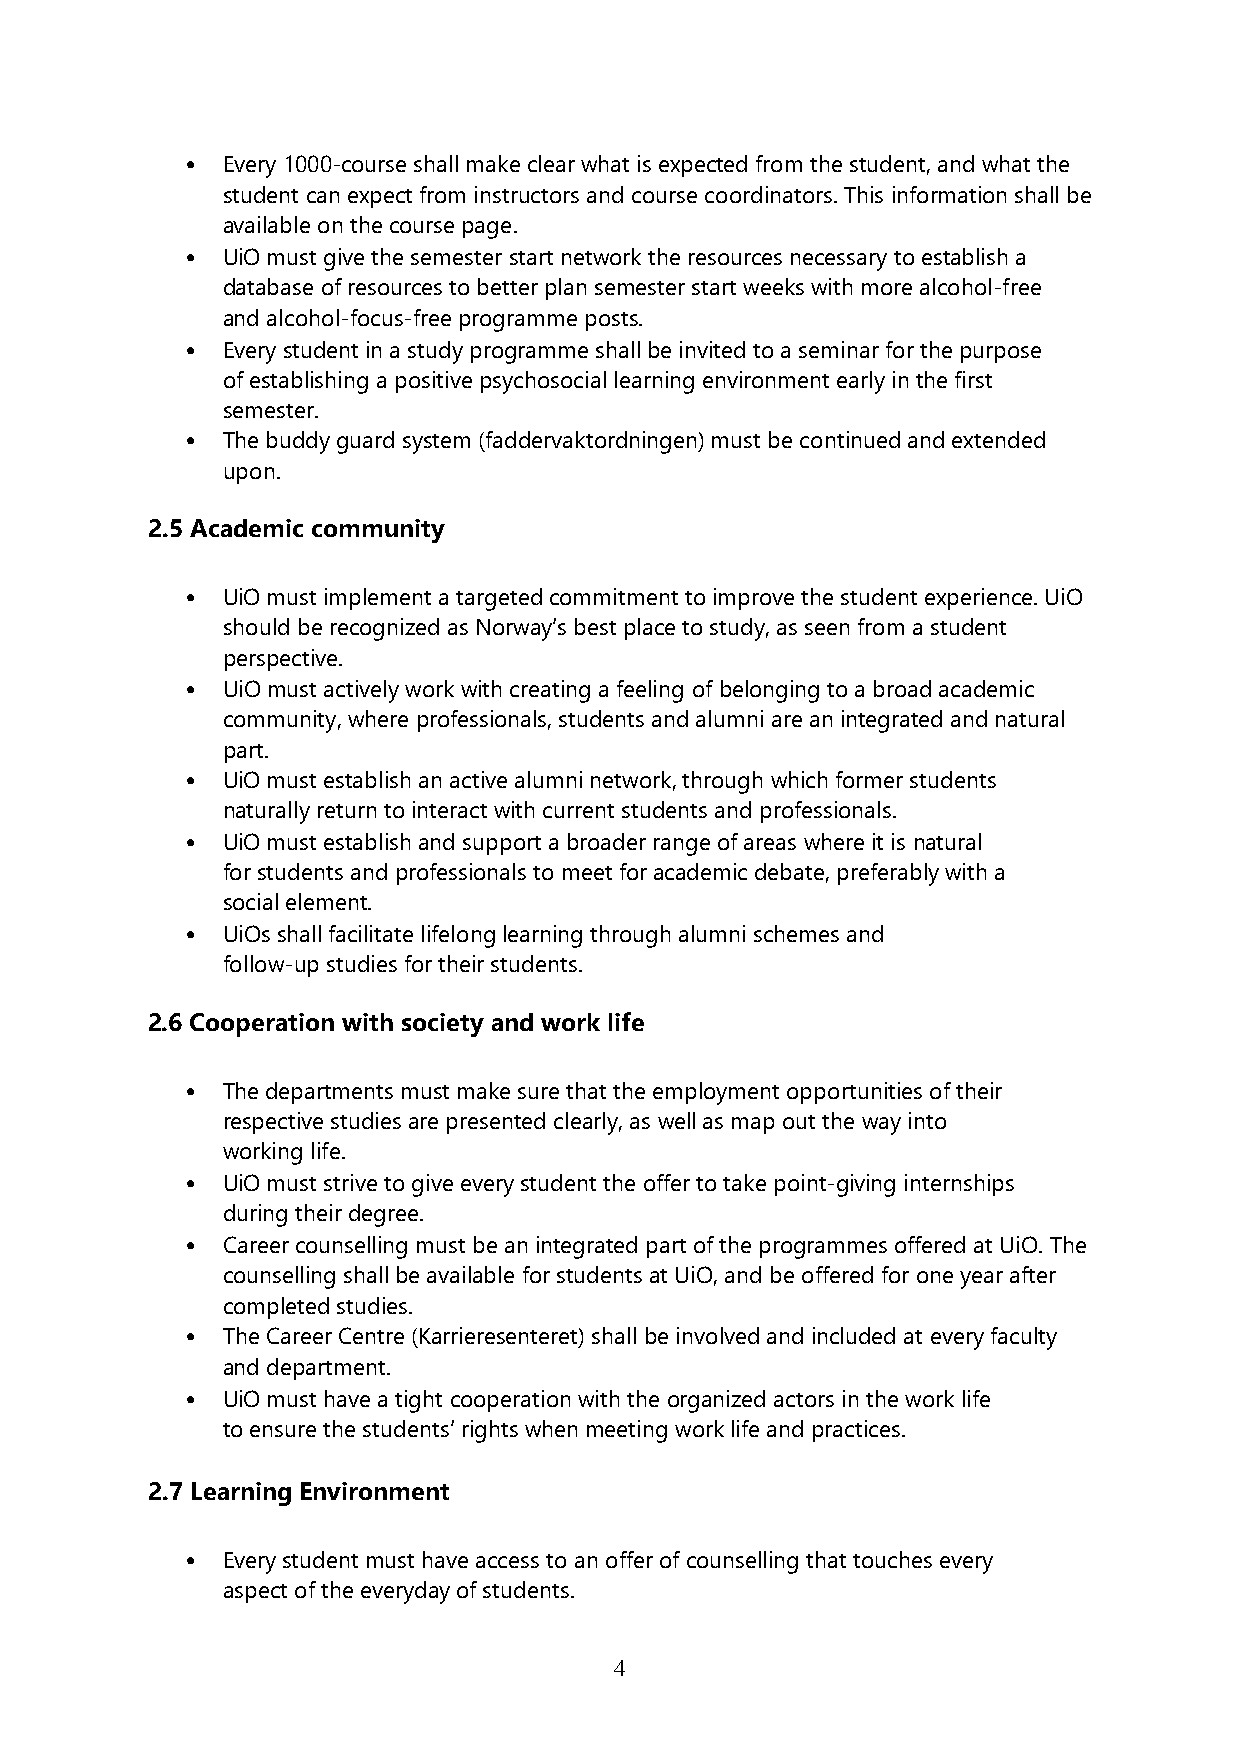
•  Every 1000-course shall make clear what is expected from the student, and what the
 student can expect from instructors and course coordinators. This information shall be
 available on the course page.
 •  UiO must give the semester start network the resources necessary to establish a
 database of resources to better plan semester start weeks with more alcohol-free
 and alcohol-focus-free programme posts.
 •  Every student in a study programme shall be invited to a seminar for the purpose
 of establishing a positive psychosocial learning environment early in the first
 semester.
 •  The buddy guard system (faddervaktordningen) must be continued and extended
 upon.
 2.5 Academic community
 •  UiO must implement a targeted commitment to improve the student experience. UiO
 should be recognized as Norway’s best place to study, as seen from a student
 perspective.
 •  UiO must actively work with creating a feeling of belonging to a broad academic
 community, where professionals, students and alumni are an integrated and natural
 part.
 •  UiO must establish an active alumni network, through which former students
 naturally return to interact with current students and professionals.
 •  UiO must establish and support a broader range of areas where it is natural
 for students and professionals to meet for academic debate, preferably with a
 social element.
 •  UiOs shall facilitate lifelong learning through alumni schemes and
 follow-up studies for their students.
 2.6 Cooperation with society and work life
 •  The departments must make sure that the employment opportunities of their
 respective studies are presented clearly, as well as map out the way into
 working life.
 •  UiO must strive to give every student the offer to take point-giving internships
 during their degree.
 •  Career counselling must be an integrated part of the programmes offered at UiO. The
 counselling shall be available for students at UiO, and be offered for one year after
 completed studies.
 •  The Career Centre (Karrieresenteret) shall be involved and included at every faculty
 and department.
 •  UiO must have a tight cooperation with the organized actors in the work life
 to ensure the students’ rights when meeting work life and practices.
 2.7 Learning Environment
 •  Every student must have access to an offer of counselling that touches every
 aspect of the everyday of students.
 4